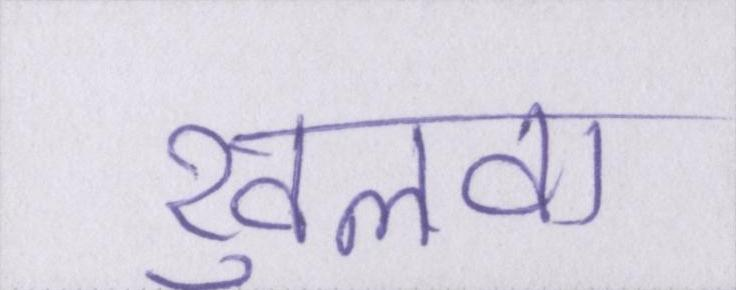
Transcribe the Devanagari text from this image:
खुलवा